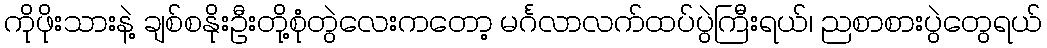
ကိုဖိုးသားနဲ့ ချစ်စနိုးဦးတို့စုံတွဲလေးကတော့ မင်္ဂလာလက်ထပ်ပွဲကြီးရယ်၊ ညစာစားပွဲတွေရယ်